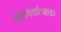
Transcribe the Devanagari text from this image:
बहुकार्यात्‍मक